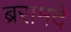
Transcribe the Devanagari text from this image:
ब्ररामदे